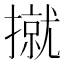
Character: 㩆